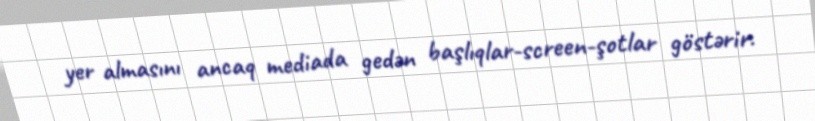
yer almasını ancaq mediada gedən başlıqlar-screen-şotlar göstərir.